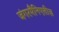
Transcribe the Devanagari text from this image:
जंगरमैनिएलीज़